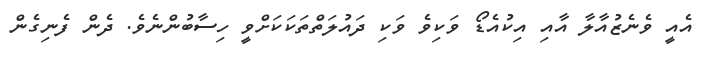
އެއީ ވެނެޒުއާލާ އާއި އިކުއެޑޯ ވަކިވެ ވަކި ދައުލަތްތަކަކަށްވީ ހިސާބުންނެވެ. ދެން ފެނިގެން